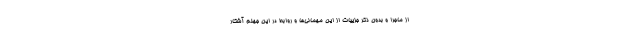
از ماجرا و بدون ذکر جزییات از این مهمانی‌ها و روابط در این جهنم آشکار